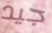
جيد